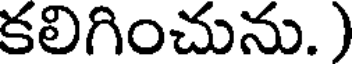
కలిగించును.)